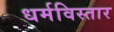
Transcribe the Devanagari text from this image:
धर्मविस्तार